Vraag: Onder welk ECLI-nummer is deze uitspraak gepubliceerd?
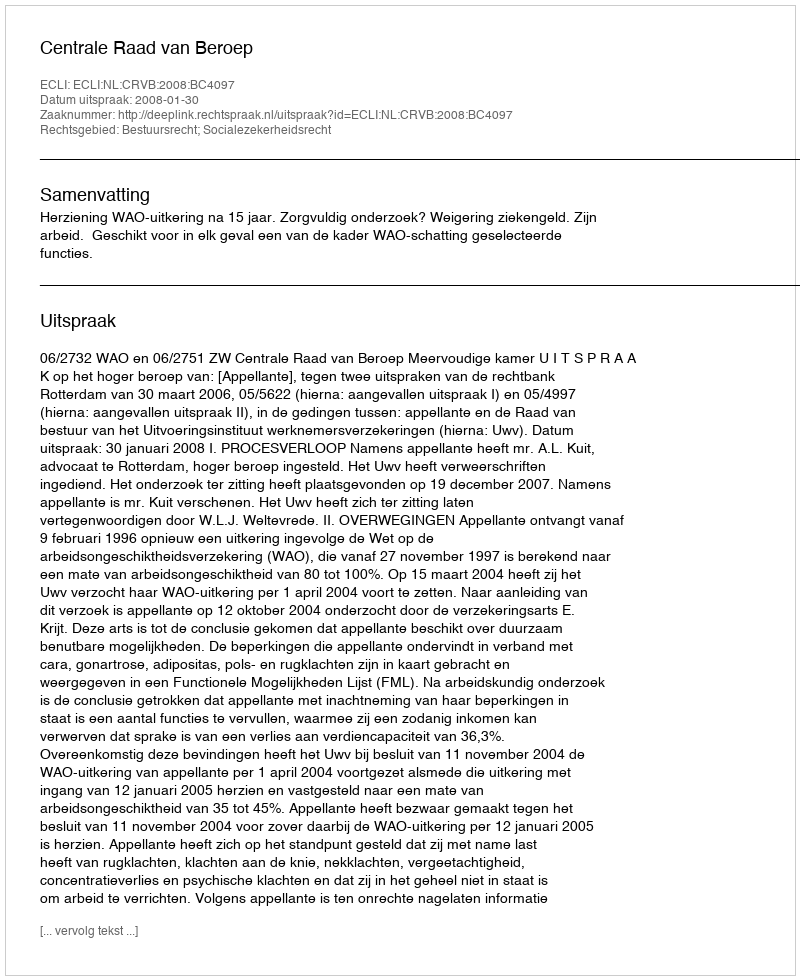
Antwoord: ECLI:NL:CRVB:2008:BC4097